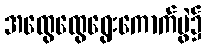
အထွေထွေရွေးကောက်ပွဲ၌